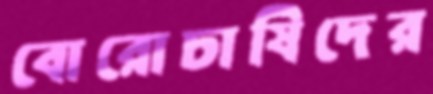
বোরোচাষিদের